Report on vaccination in the Province of Bengal - 1874-1889
Year: 1874
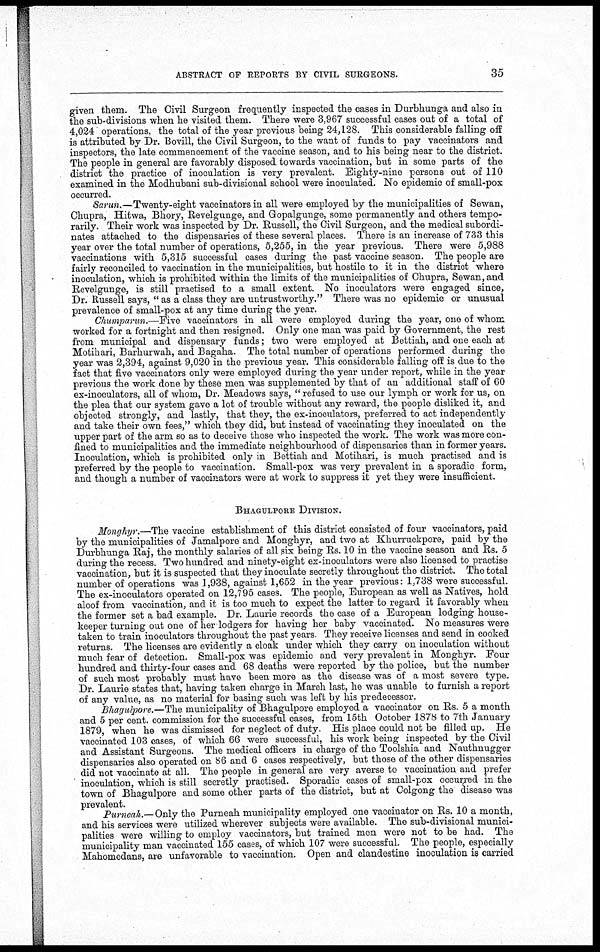
ABSTRACT OF REPORTS BY CIVIL SURGEONS.
35
given them. The Civil Surgeon frequently inspected the cases in Durbhunga and also in
the sub-divisions when he visited them. There were 3,967 successful cases out of a total of
4,024 operations, the total of the year previous being 24,128. This considerable falling off
is attributed by Dr. Bovill, the Civil Surgeon, to the want of funds to pay vaccinators and
inspectors, the late commencement of the vaccine season, and to his being near to the district.
The people in general are favorably disposed towards vaccination, but in some parts of the
district the practice of inoculation is very prevalent. Eighty-nine persons out of 110
examined in the Modhubani sub-divisional school were inoculated. No epidemic of small-pox
occurred.
Sarun.—Twenty-eight vaccinators in all were employed by the municipalities of Sewan,
Chupra, Hitwa, Bhory, Revelgunge, and Gopalgunge, some permanently and others tempo-
rarily. Their work was inspected by Dr. Russell, the Civil Surgeon, and the medical subordi-
nates attached to the dispensaries of these several places. There is an increase of 733 this
year over the total number of operations, 5,255, in the year previous. There were 5,988
vaccinations with 5,315 successful cases during the past vaccine season. The people are
fairly reconciled to vaccination in the municipalities, but hostile to it in the district where
inoculation, which is prohibited within the limits of the municipalities of Chupra, Sewan, and
Revelgunge, is still practised to a small extent. No inoculators were engaged since,
Dr. Russell says, " as a class they are untrustworthy." There was no epidemic or unusual
prevalence of small-pox at any time during the year.
Chumparun.—Five vaccinators in all were employed during the year, one of whom
worked for a fortnight and then resigned. Only one man was paid by Government, the rest
from municipal and dispensary funds; two were employed at Bettiah, and one each at
Motihari, Barhurwah, and Bagaha. The total number of operations performed during the
year was 2,394, against 9,020 in the previous year. This considerable falling off is due to the
fact that five vaccinators only were employed during the year under report, while in the year
previous the work done by these men was supplemented by that of an additional staff of 60
ex-inoculators, all of whom, Dr. Meadows says, " refused to use our lymph or work for us, on
the plea that our system gave a lot of trouble without any reward, the people disliked it, and
objected strongly, and lastly, that they, the ex-inoculators, preferred to act independently
and take their own fees," which they did, but instead of vaccinating they inoculated on the
upper part of the arm so as to deceive those who inspected the work. The work was more con-
fined to municipalities and the immediate neighbourhood of dispensaries than in former years.
Inoculation, which is prohibited only in Bettiah and Motihari, is much practised and is
preferred by the people to vaccination. Small-pox was very prevalent in a sporadic form,
and though a number of vaccinators were at work to suppress it yet they were insufficient.
BHAGULPORE DIVISION.
Monghyr.—The vaccine establishment of this district consisted of four vaccinators, paid
by the municipalities of Jamalpore and Monghyr, and two at Khurruckpore, paid by the
Durbhunga Raj, the monthly salaries of all six being Rs. 10 in the vaccine season and Rs. 5
during the recess. Two hundred and ninety-eight ex-inoculators were also licensed to practise
vaccination, but it is suspected that they inoculate secretly throughout the district. The total
number of operations was 1,938, against 1,652 in the year previous: 1,738 were successful.
The ex-inoculators operated on 12,795 cases. The people, European as well as Natives, hold
aloof from vaccination, and it is too much to expect the latter to regard it favorably when
the former set a bad example. Dr. Laurie records the case of a European lodging house-
keeper turning out one of her lodgers for having her baby vaccinated. No measures were
taken to train inoculators throughout the past years. They receive licenses and send in cooked
returns. The licenses are evidently a cloak under which they carry on inoculation without
much fear of detection. Small-pox was epidemic and very prevalent in Monghyr. Four
hundred and thirty-four cases and 68 deaths were reported by the police, but the number
of such most probably must have been more as the disease was of a most severe type.
Dr. Laurie states that, having taken charge in March last, he was unable to furnish a report
of any value, as no material for basing such was left by his predecessor.
Bhagulpore.—The municipality of Bhagulpore employed a vaccinator on Rs. 5 a month
and 5 per cent. commission for the successful cases, from 15th October 1878 to 7th January
1879, when he was dismissed for neglect of duty His place could not be filled up. He
vaccinated 103 cases, of which 66 were successful, his work being inspected by the Civil
and Assistant Surgeons. The medical officers in charge of the Toolshia and Nauthnugger
dispensaries also operated on 86 and 6 cases respectively, but those of the other dispensaries
did not vaccinate at all. The people in general are very averse to vaccination and prefer
inoculation, which is still secretly practised. Sporadic cases of small-pox occurred in the
town of Bhagulpore and some other parts of the district, but at Colgong the disease was
prevalent.
Purneah.—Only the Purneah municipality employed one vaccinator on Rs. 10 a month,
and his services were utilized wherever subjects were available. The sub-divisional munici-
palities were willing to employ vaccinators, but trained men were not to be had. The
municipality man vaccinated 155 cases, of which 107 were successful. The people, especially
Mahomedans, are unfavorable to vaccination. Open and clandestine inoculation is carried